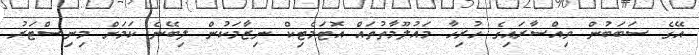
އޭގެ ސަބަބުން ވިއްސާރައިގެ ހުރިހާ މައުލޫމާތުތައް އޮޓަމެޓިކް ނިޒާމަކުން ލިބޭނެ ކަމަށް މިނިސްޓަރު